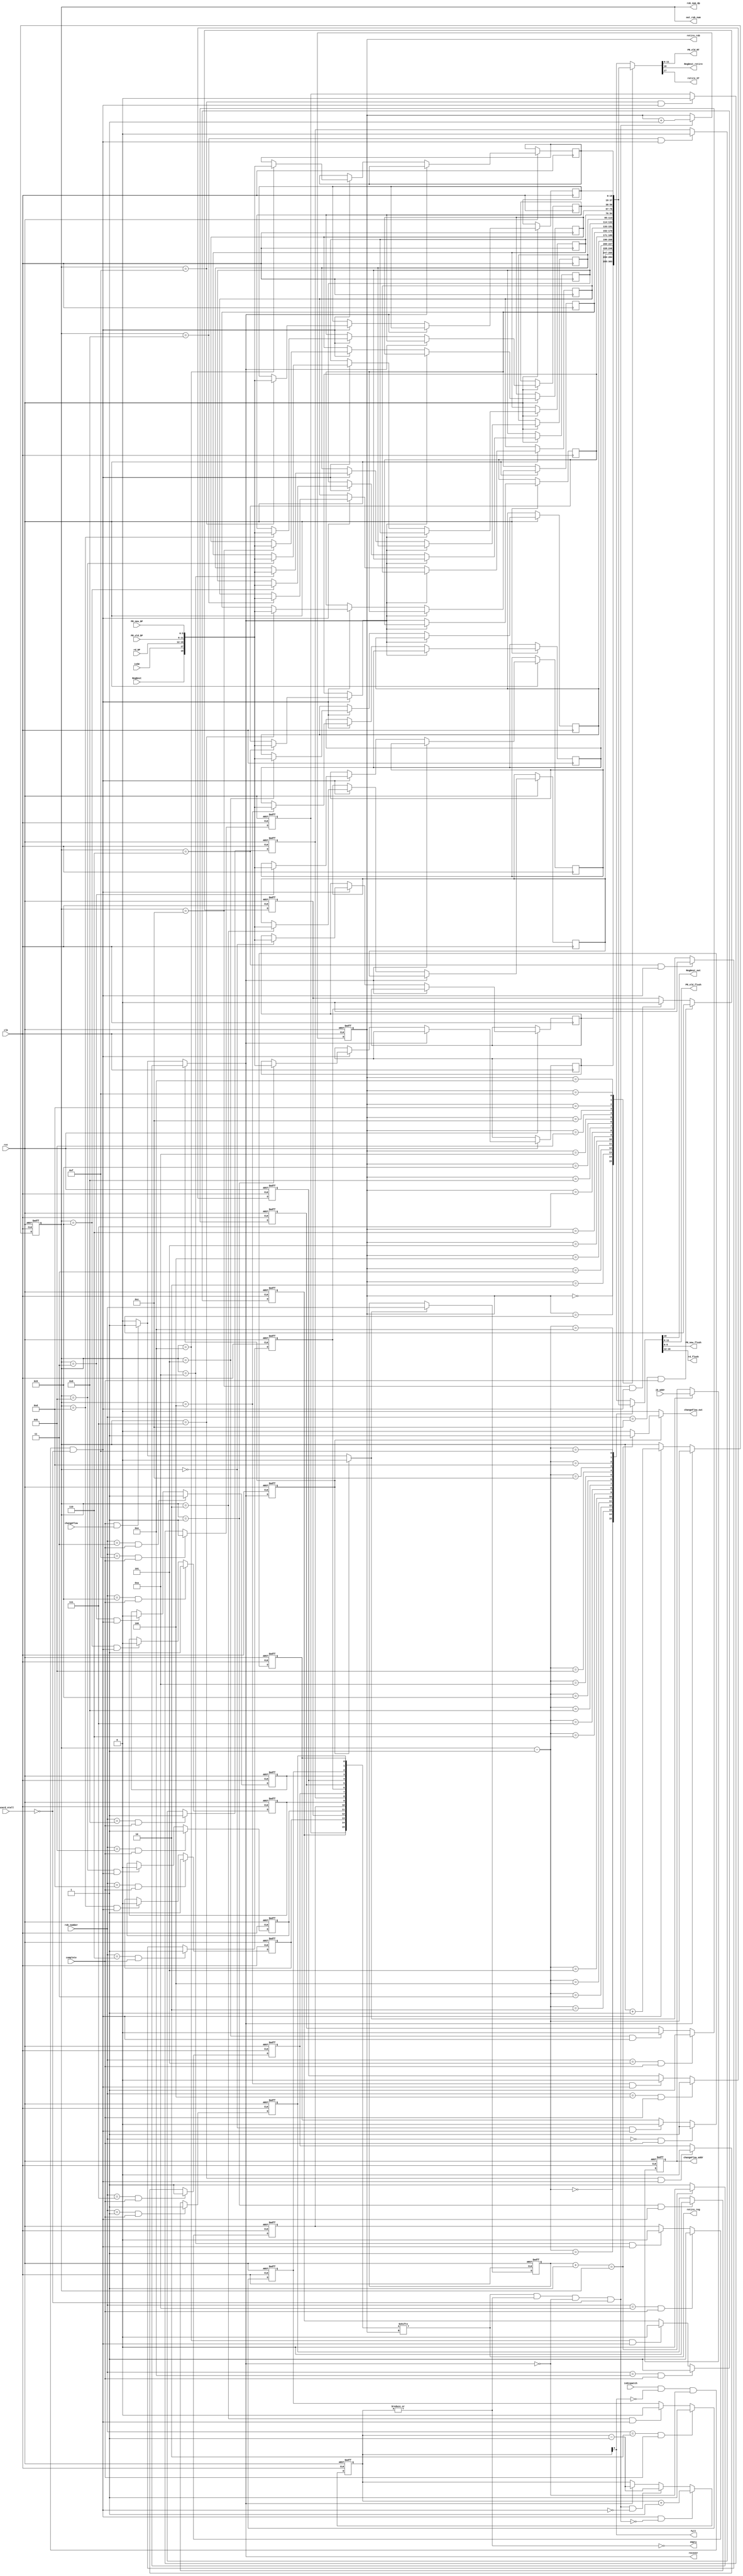
module reorder_buffer(
    input rst, clk,
    input isDispatch, //serve as the write enable of FIFO
    input isSW,   //
    input RegDest,    //stored for roll back, if it is 1, MT and FL need to be restored
    input [5:0] PR_old_DP, //from map table, the previous PR#
    input [5:0] PR_new_DP,
    input [4:0] rd_DP, //architectural destinatioMn register

    input complete,    //from complete stage, if there is intruction completes
    input [3:0] rob_number,  //from the complete stage, used to set complete bit
    input [31:0] jb_addr,    //from complete stage
    input changeFlow,   //asserted if branch-misprediction or jump, from complete, start the state machine

    input hazard_stall,   //stall because of structure hazard, won't allocate new entry

    output [3:0] rob_num_dp, //rob number in dispatch stage

    output [5:0] PR_old_RT,  //PR_old to be retired
    output RegDest_retire,     //only if the instruction write register, the PR_old is returned to MT and FL
    output retire_reg,  //read enable signal of FIFO
    output retire_ST,
    output [3:0] retire_rob,   //for load/store queue, indicate which ROB entry is retired
    output full, empty,   

    output RegDest_out,
    output [5:0] PR_old_flush,
    output [5:0] PR_new_flush,
    output [4:0] rd_flush,
    output [3:0] out_rob_num,  //for recovery, provide the current ROB number for FL, MT, RS
    output reg changeFlow_out,   //asserted for one cycle after all recovery works done
    output reg [31:0] changeFlow_addr,
    output reg recover          //recover signal, inform RS, MT, FL, LSQ, IS/EX, EX/CMP to flush(ROB# match) or stall (ROB# not match)
);

reg [18:0] rob [0:15];  //[18]: RegDest, (whether bet PR back to MT and FL) [17]: isSW, [16:12]rd, [11:6] pr_old, [5:0] pr_new
reg [15:0] complete_array;



/////////////////////////////////////////////Synch FIFO structure///////////////////////////////////////////
reg [3:0] head, tail;
reg dec_tail;  //for recovery
assign rob_num_dp = tail;

wire read, write;
//no read or write of ROB during recovery
assign write = isDispatch && !full && !recover && !hazard_stall;
assign read = retire_reg && !empty && !recover && !hazard_stall;
//head logic
always @(posedge clk or negedge rst) begin
    if (!rst) begin
        head <= 4'h0;
    end
    else if (read) begin
        head <= head + 1;
    end
end

assign retire_reg = complete_array[head];   //if the head is complete, retire it
assign PR_old_RT = rob[head][11:6];      //the PR returned to free list
assign retire_ST = rob[head][17];       //tell SQ now a load/store is retired
assign RegDest_retire = rob[head][18];
assign retire_rob = head;

//tail logic
always @(posedge clk or negedge rst) begin
    if (!rst)
        tail <= 4'h0;
    else if (dec_tail)
        tail <= tail - 1;   //when decreasing tail, the ROB will not accept new instructions
    else if (write) begin
        tail <= tail + 1;
        rob[tail] <= {RegDest, isSW, rd_DP, PR_old_DP, PR_new_DP};
    end
end

//Synch FIFO counter
reg [4:0] status_cnt;
always @(posedge clk or negedge rst) begin
    if (!rst) 
        status_cnt <= 4'h0;
    else if (write && !read)   //write but not read
        status_cnt <= status_cnt + 1;
    else if (read && !write)  //read but not write
        status_cnt <= status_cnt - 1;
    else if (dec_tail)
        status_cnt <= status_cnt - 1;
end

assign full = status_cnt[4];  //if counter = 16, the FIFO is full
assign empty = ~(|status_cnt);

///////////////////////////////////////////////////end of synch FIFO///////////////////////////////////////////////////


//////////////////////////////complete part////////////////////////////////////

reg [3:0] branch_rob;
reg store_jb_addr;
genvar i;
generate for (i = 0; i < 16; i = i + 1) begin : complete_part
    always @(posedge clk or negedge rst) begin
        if (!rst) 
            complete_array[i] <= 0;
        else if (rob_number == i && complete) 
            complete_array[i] <= 1'b1;    //ROB# cannot equal to tail
        else if (tail == i && write)
            complete_array[i] <= 1'b0;   //reset complete bit when allocate a new entry
    end
end
endgenerate

//changeFlow address and ROB number for branch/jump
always @(posedge clk or negedge rst) begin
    if (!rst) begin
        changeFlow_addr <= 0;
        branch_rob <= 0;
    end
    else if (store_jb_addr) begin
        changeFlow_addr <= jb_addr;
        branch_rob <= rob_number;   //store the ROB# of branch when here comes a branch
    end
end
//////////////////////////////end of complete part/////////////////////////////////////

assign out_rob_num = tail;  //may need to store ROB number in RS, when completing instructions can index the ROB to set
                            //during recovery, this number is also used for indexing the flush entry
localparam IDLE = 1'b0;
localparam REC = 1'b1;

reg state, nstate;

always @(posedge clk or negedge rst) begin
    if (!rst) 
        state <= IDLE;
    else
        state <= nstate;
end

wire recover_end = (branch_rob + 1 == tail);
always @(*) begin
    nstate = IDLE;
    dec_tail = 0;
    recover = 0;
    store_jb_addr = 0;
    changeFlow_out = 0;

    case (state) 
     IDLE: begin
         if(complete && changeFlow) begin
             nstate = REC;
             dec_tail = 1;
             recover = 1;
             store_jb_addr = 1;
         end
         else
             nstate = IDLE;
     end
     default: begin                  //recover
         if(recover_end) begin
            nstate = IDLE;
            changeFlow_out = 1;
         end
         else begin
            nstate = REC;
            dec_tail = 1;
            recover = 1;
         end
     end
    endcase
end

//[16:12]rd, [11:6] t_old, [5:0] t_new
assign rd_flush = rob[tail-1][16:12];
assign PR_old_flush = rob[tail-1][11:6];
assign PR_new_flush = rob[tail-1][5:0];
assign RegDest_out = rob[tail-1][18];
//out_rob_tail assigned before, since it is used both in recovery and normal dispatch
endmodule